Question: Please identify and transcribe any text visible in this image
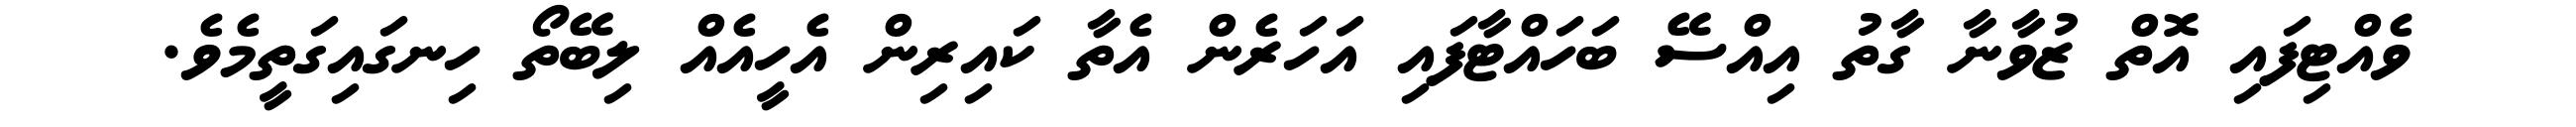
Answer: ވެއްޓިފައި އޮތް ޒުވާނާ ގާތު އިއްސޭ ބަހައްޓާފައި އަހަރެން އެތާ ކައިރިން އެހީއެއް ލިބޭތޯ ހިނގައިގަތީމެވެ.